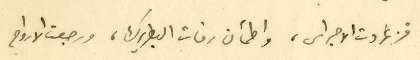
فزغردت الاجراس، واطمأن رفات البطريرك، ورجعت الارواح